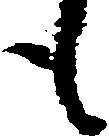
も